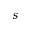
s